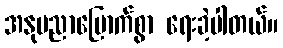
အနုပညာမြောက်စွာ ရေးခဲ့ပါတယ်။